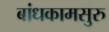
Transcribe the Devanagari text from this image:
बांधकामसुरु